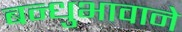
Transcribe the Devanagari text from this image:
बन्धुभावाने